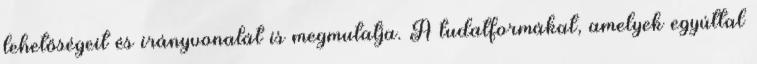
lehetőségeit és irányvonalát is megmutatja. A tudatformákat, amelyek egyúttal